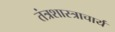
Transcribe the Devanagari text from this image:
तंत्रशास्त्राचार्य